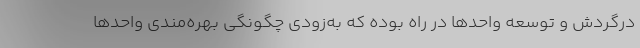
درگردش و توسعه واحدها در راه بوده که به‌زودی چگونگی بهره‌مندی واحدها